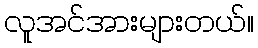
လူအင်အားများတယ်။